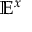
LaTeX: \mathbb { E } ^ { x }